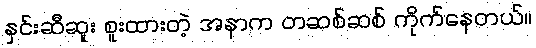
နှင်းဆီဆူး စူးထားတဲ့ အနာက တဆစ်ဆစ် ကိုက်နေတယ်။